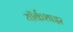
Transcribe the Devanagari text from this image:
यॉर्कशाइर